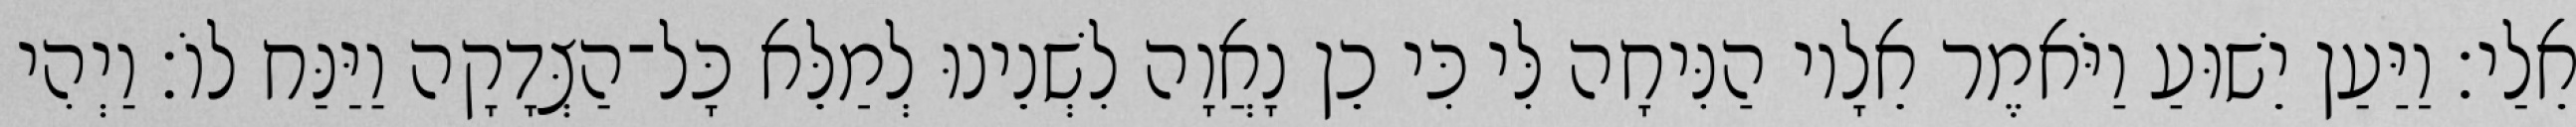
אֵלַי׃ וַיַּעַן יֵשׁוּעַ וַיֹּאמֶר אֵלָיו הַנִּיחָה לִּי כִּי כֵן נָאֲוָה לִשְׁנֵינוּ לְמַלֵּא כָּל־הַצְּדָקָה וַיַּנַּח לוֹ׃ וַיְהִי